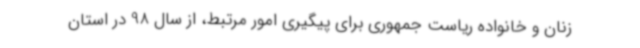
زنان و خانواده ریاست جمهوری برای پیگیری امور مرتبط، از سال 98 در استان